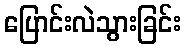
ပြောင်းလဲသွားခြင်း